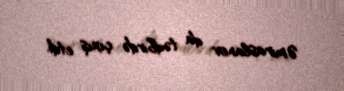
Əmiraslanov da tədbirdə çıxış etdi.